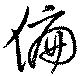
偏